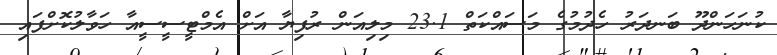
ކުނަހަންދޫ ބަނދަރު ހެދުމުގެ މަސައްކަތް 23.1 މިލިއަން ރުފިޔާ އަށް އެމްޓީސީސީއާ ހަވާލުކޮށްފައި